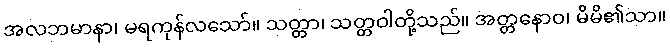
အလဘမာနာ၊ မရကုန်လသော်။ သတ္တာ၊ သတ္တဝါတို့သည်။ အတ္တနောဝ၊ မိမိ၏သာ။